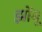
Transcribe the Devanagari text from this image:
झोंंबू